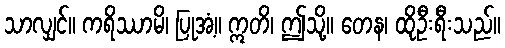
သာလျှင်။ ကရိဿာမိ၊ ပြုအံ့။ ဣတိ၊ ဤသို့။ တေန၊ ထိုဦးရီးသည်။